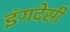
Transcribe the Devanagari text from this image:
इंगदेसी